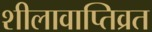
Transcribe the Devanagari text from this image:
शीलावाप्तिव्रत